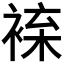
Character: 𧚦